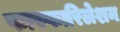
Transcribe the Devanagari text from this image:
फास्फारिलेशन